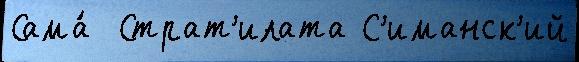
Сама́  Страт'илата С'иманск'ий